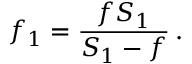
f _ { 1 } = { \frac { f S _ { 1 } } { S _ { 1 } - f } } \, .